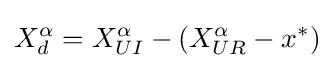
X_{d}^{\alpha }=X_{UI}^{\alpha }-(X_{UR}^{\alpha }-x^{*})